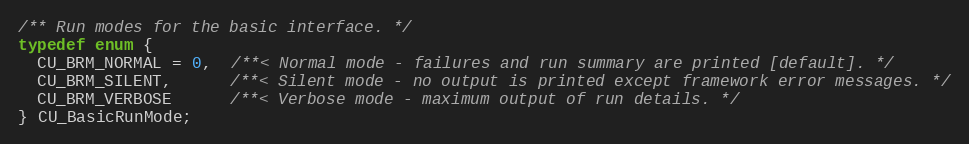
Language: C
/** Run modes for the basic interface. */
typedef enum {
  CU_BRM_NORMAL = 0,  /**< Normal mode - failures and run summary are printed [default]. */
  CU_BRM_SILENT,      /**< Silent mode - no output is printed except framework error messages. */
  CU_BRM_VERBOSE      /**< Verbose mode - maximum output of run details. */
} CU_BasicRunMode;